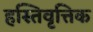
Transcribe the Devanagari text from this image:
हस्तिवृत्तिक